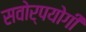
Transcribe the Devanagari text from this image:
सवोर्पयोगी